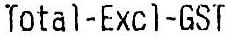
TOTAL-EXCL-GST